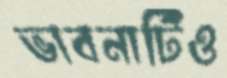
ভাবনাটিও